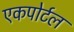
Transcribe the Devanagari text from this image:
एकपोर्टल